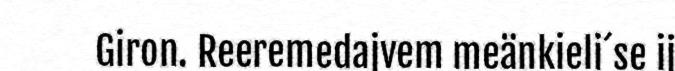
Giron. Reeremedajvem meänkieli´se ij